Madras plague regulations and rules - Volume 2
Disease focus: Plague
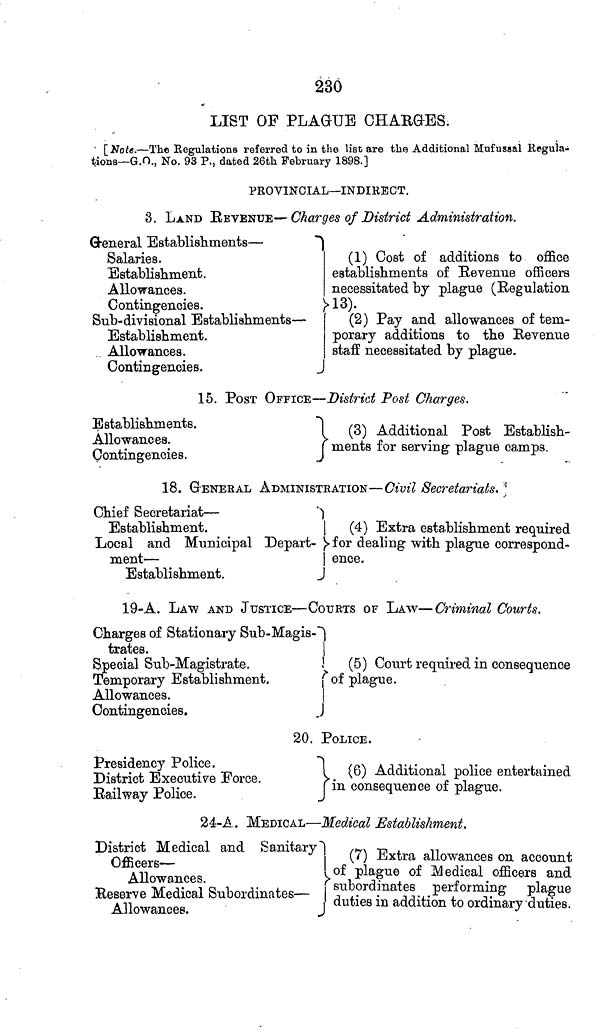
230
LIST OF PLAGUE CHARGES.
[Note.—The Regulations referred to in the list are the Additional Mufussal Regula-
tions—G.O., No. 93 P., dated 26th February 1898.]
PROVINCIAL—INDIRECT.
3. LAND REVENUE—Charges of District Administration.
General
Establishments—
Salaries.
Establishment.
Allowances.
Contingencies.
Sub-divisional Establishments—
Establishment.
Allowances.
(1) Cost of additions to office
establishments of Revenue officers
necessitated by plague (Regulation
13).
(2) Pay and allowances of tem-
porary additions to the Revenue
staff necessitated by plague.
Contingencies.
15. POST OFFICE—District Post Charges.
Establishments.
Allowances.
Contingencies.
(3) Additional Post Establish-
ments for serving plague camps.
18. GENERAL ADMINISTRATION—Civil Secretariats.
Chief
Secretariat—
Establishment.
Local and Municipal
Depart-
ment—
Establishment.
(4) Extra establishment required
for dealing with plague correspond-
ence.
19-A. LAW AND JUSTICE—COURTS OF LAW—Criminal Courts.
Charges of Stationary Sub-Magis-
trates.
Special Sub-Magistrate.
Temporary Establishment.
Allowances.
Contingencies.
(5) Court required in consequence
of plague.
20. POLICE.
Presidency Police.
District Executive Force.
Railway Police.
(
6) Additional police entertained
in consequence of plague.
24-A. MEDICAL—Medical Establishment.
District Medical and
Sanitary
Officers—
Allowances.
Reserve Medical Subordinates—
Allowances.
(7) Extra allowances on account
of plague of Medical officers and
subordinates
performing plague
duties in addition to ordinary duties.